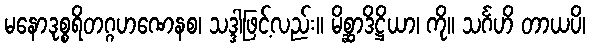
မနောဒုစ္စရိတဂ္ဂဟဏေနစ၊ သဒ္ဒါဖြင့်လည်း။ မိစ္ဆာဒိဋ္ဌိယာ၊ ကို။ သင်္ဂဟိ တာယပိ၊